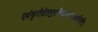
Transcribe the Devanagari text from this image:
एवंकृतेप्रेतपुरस्थितस्यस्वर्गेगतिः